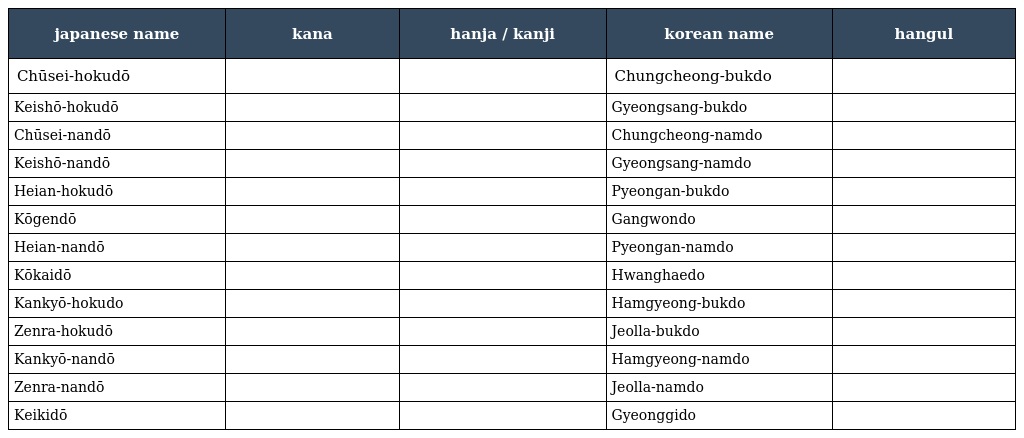
| japanese name | kana | hanja / kanji | korean name | hangul |
 | --- | --- | --- | --- | --- |
 | Chūsei-hokudō | ちゅうせいほくどう | 忠清北道 | Chungcheong-bukdo | 충청북도 |
 | Keishō-hokudō | けいしょうほくどう | 慶尚北道 | Gyeongsang-bukdo | 경상북도 |
 | Chūsei-nandō | ちゅうせいなんどう | 忠淸南道 | Chungcheong-namdo | 충청남도 |
 | Keishō-nandō | けいしょうなんどう | 慶尚南道 | Gyeongsang-namdo | 경상남도 |
 | Heian-hokudō | へいあんほくどう | 平安北道 | Pyeongan-bukdo | 평안북도 |
 | Kōgendō | こうげんどう | 江原道 | Gangwondo | 강원도 |
 | Heian-nandō | へいあんなんどう | 平安南道 | Pyeongan-namdo | 평안남도 |
 | Kōkaidō | こうかいどう | 黃海道 | Hwanghaedo | 황해도 |
 | Kankyō-hokudo | かんきょうほくどう | 咸鏡北道 | Hamgyeong-bukdo | 함경북도 |
 | Zenra-hokudō | ぜんらほくどう | 全羅北道 | Jeolla-bukdo | 전라북도 |
 | Kankyō-nandō | かんきょうなんどう | 咸鏡南道 | Hamgyeong-namdo | 함경남도 |
 | Zenra-nandō | ぜんらなんどう | 全羅南道 | Jeolla-namdo | 전라남도 |
 | Keikidō | けいきどう | 京畿道 | Gyeonggido | 경기도 |